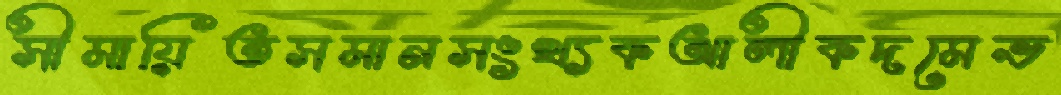
সীমায়িতসমানসংখ্যকআলীকদমেভ